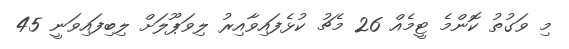
މި ވަގުތު ކޮންމެ ޓީމެއް 26 މެޗު ކުޅެފައިވާއިރު ލިވަޕޫލަށް ލިބިފައިވަނީ 45